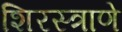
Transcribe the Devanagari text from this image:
शिरस्त्राणे